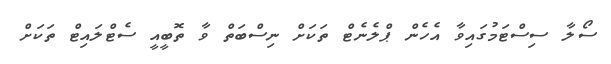
ސޯލާ ސިސްޓަމުގައިވާ އެހެން ޕްލެނެޓް ތަކަށް ނިސްބަތް ވާ ތޮބީއީ ސެޓްލައިޓް ތަކަށް